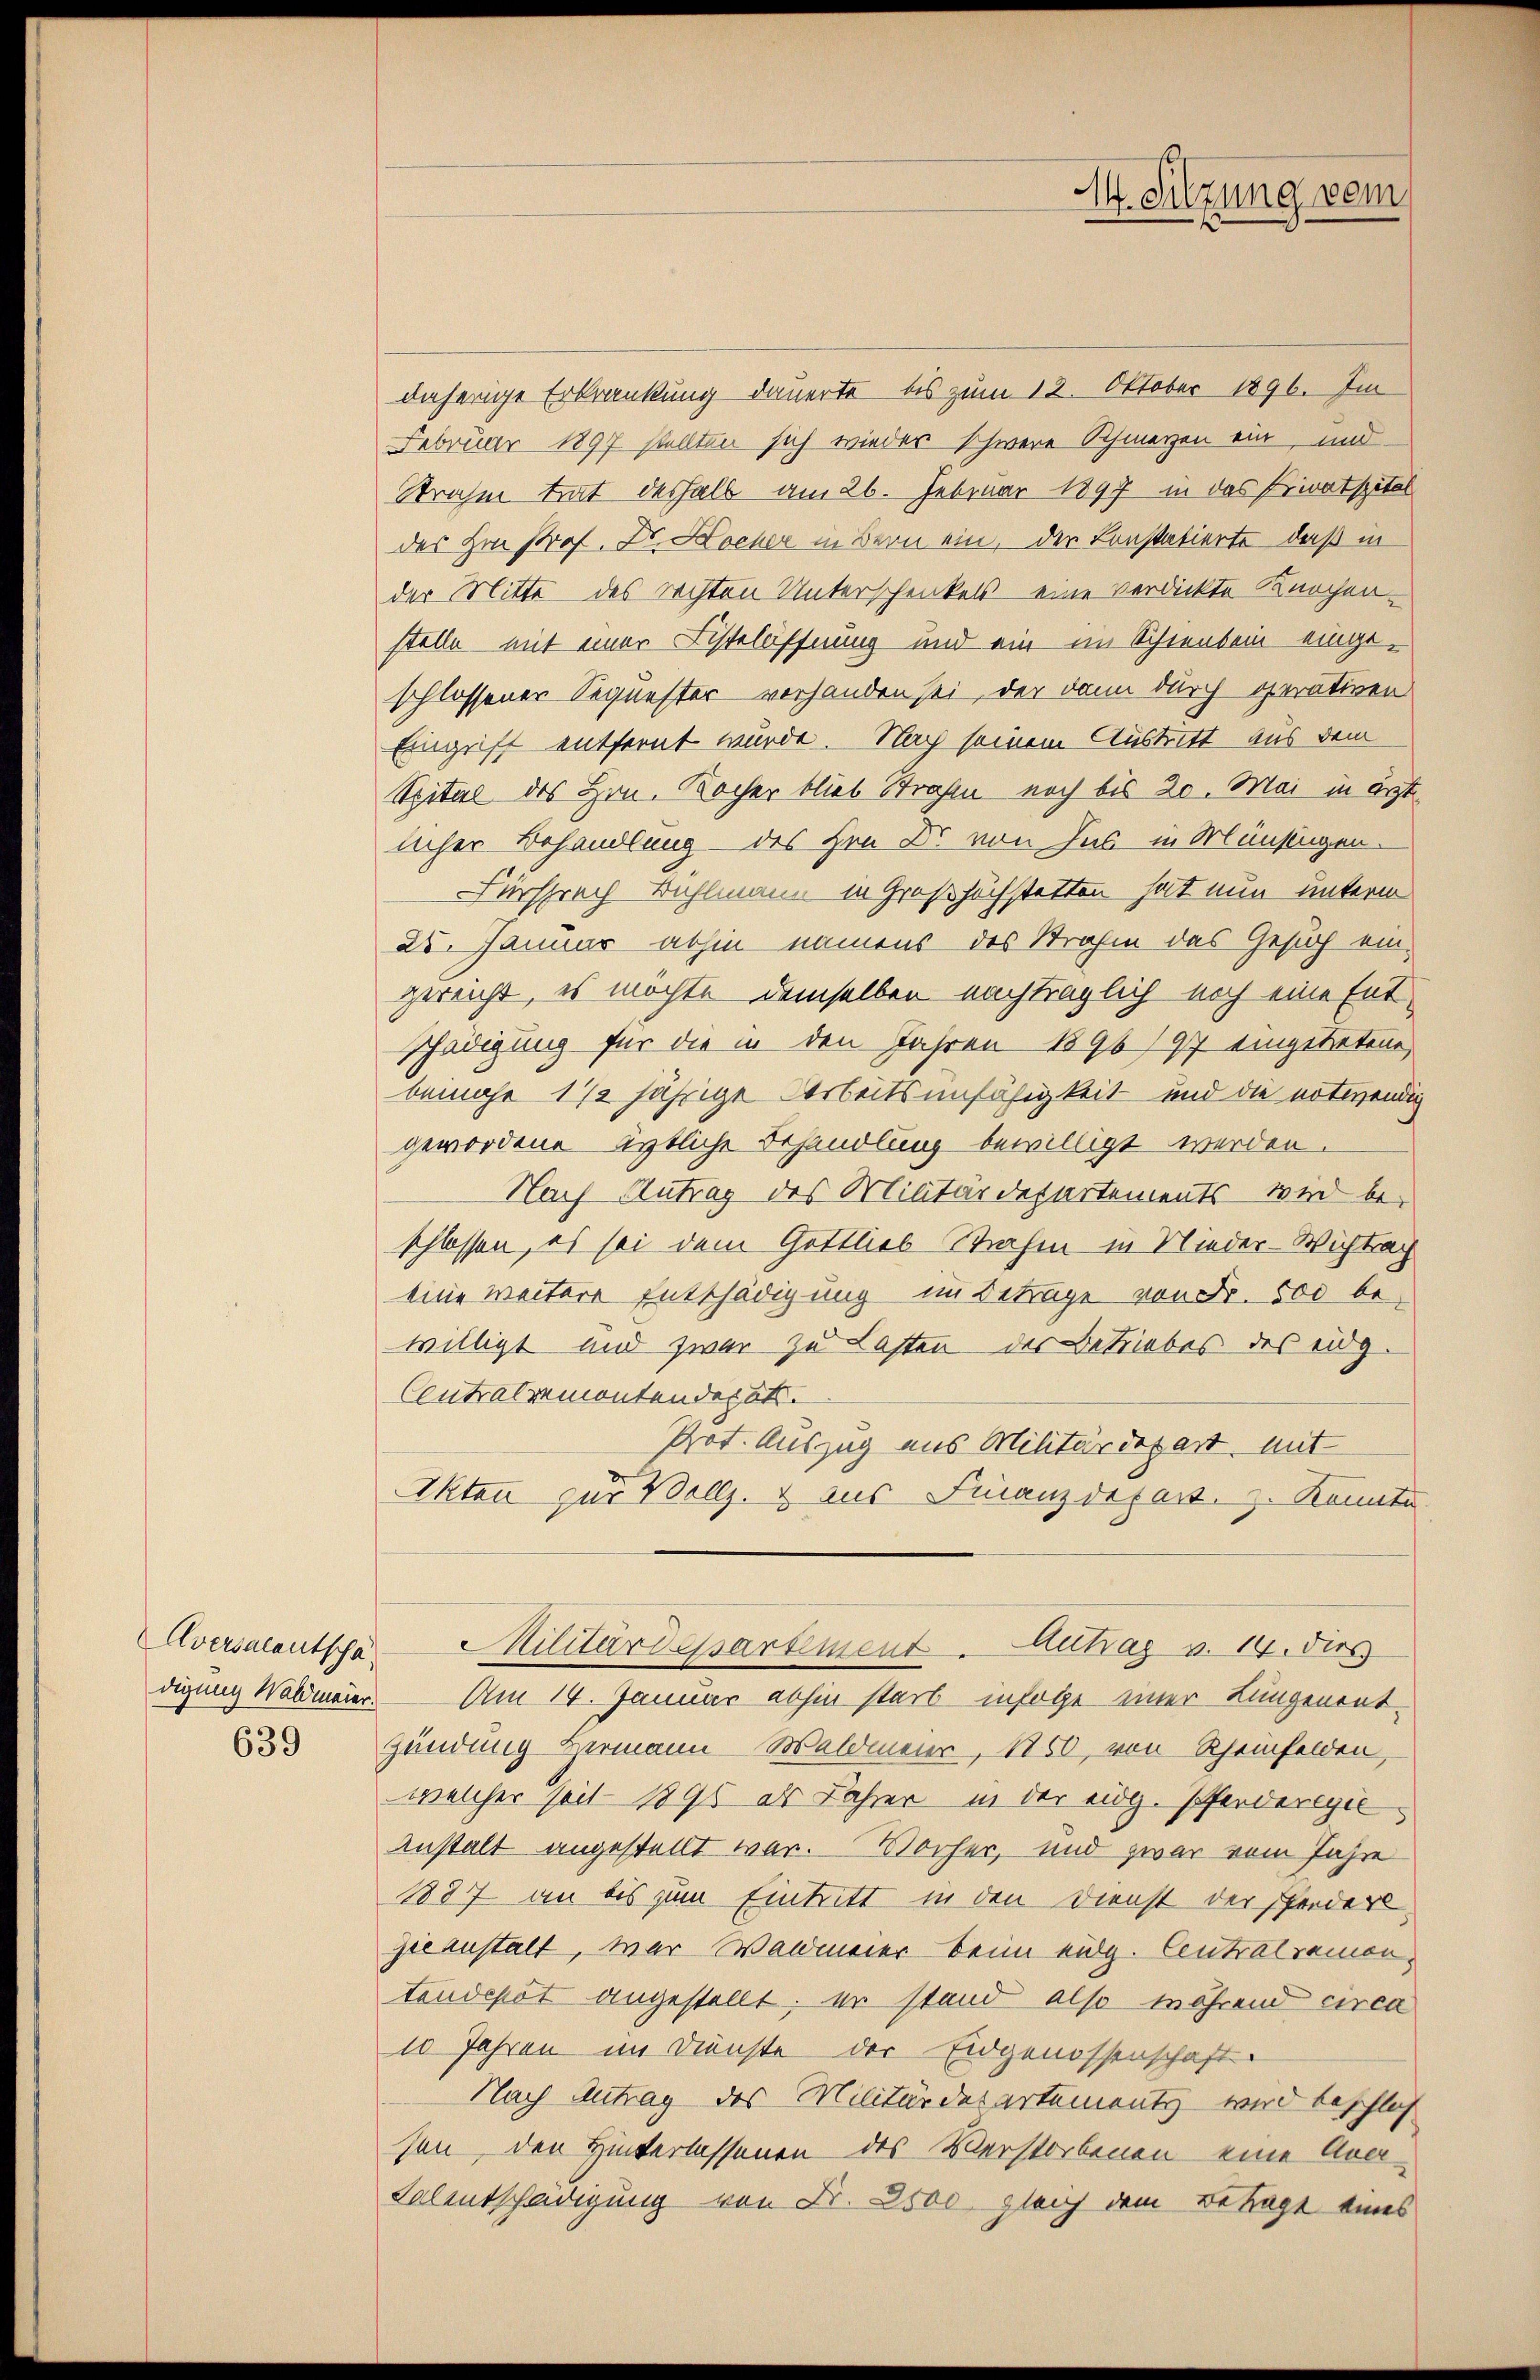
Aversalentscha

daherige Erkrankung dauerte, bis zum 12. Oktober 1896. Im
Februar 1897 stellten sich wieder schwere Schmerzen ein, und
Strahen trat deshalb am 26. Februar 1897 in das Privatspital
des Hrn. Prof. Dr. Kocher in Bern ein, der Konstatierte, daß in
der Mitte des rechten Unterschenkels eine verdickte Knochen-
stelle mit einer Fistelöffnung und ein im Schienbein eingeschlossener Sequester vorhanden sei, der dann durch gerativen
Eingriff entfernt würde. Nach seinem Austritt aus dem
Spital des Hrn. Kocher blieb Strafen noch bis 20. Mai in ärzt
licher Behandlung des Hrn Dr. von Ins in Münstigen.
Fürsprach Bühlmann in Großhöchstetten hat nun unterm
25. Januar abhin namens des Strafen das Gesuch eingereicht, es möchte demselben nachträglich noch eine Entschädigung für die in den Jahren 1896/97 eingetretene
bewahr 172 jährige Arbeitsunfähigkeit und die notwendig
gewordene estliche Behandlung bewilligt werden.
Nach Antrag des Militärdepartements wird be-
schlossen, es sei dem Gottlieb Strahen in Nieder-Wichtrach
eine weitere Entschädigung im Betrage von Fr. 500 bewilligt und zwar zu Lasten des Betriebes des eidg.
Contralremontendepat.
Prot. Auszug aus Militärdepart, mit
Akten zur Vollz. & aus Finanzdepart. 3. Konnte
Militärdessartement. Achag v. 14. dies
digung Waldmeier. Am 14. Januar abhin starb insole einer Lungenent¬
833 Gündung Hermann Waldmeier, 1850, von Rheinfelden,
welcher seit 1895 als Jahrer in der eidg. Pferderegie
Anstalt angestellt war. Wocher, und zwar vom Jahre
8887 an bis zum Eintritt in den Dienst der Pferderl
zieanstalt, war Waldmeier beim eidg. Centralremon
taudepot angestellt; er stand also während circa
10 Jahren im Dienste der Eidgenossenschaft-
Nach Antrag des Militärdepartements, wird beschlos
sen, den Hinterlassenen des Verstorbenen eine Aca¬
Kalentschädigung von Fr. 2500 gleich dem Betragt eines

M. Sitzung vom